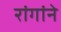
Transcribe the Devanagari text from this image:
रांगांने